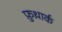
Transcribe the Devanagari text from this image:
फ़ुथ़ार्क